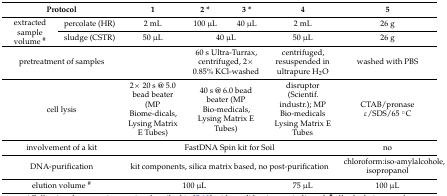
<table><thead><tr><td colspan="2"><b>Protocol</b></td><td><b>1</b></td><td><b>2 *</b></td><td><b>3 *</b></td><td><b>4</b></td><td><b>5</b></td></tr></thead><tbody><tr><td rowspan="2">extracted sample volume <sup>#</sup></td><td>percolate (HR)</td><td>2 mL</td><td>100 μL</td><td>40 μL</td><td>2 mL</td><td>26 g</td></tr><tr><td>sludge (CSTR)</td><td>50 μL</td><td colspan="2">40 μL</td><td>50 μL</td><td>26 g</td></tr><tr><td colspan="2">pretreatment of samples</td><td></td><td colspan="2">60 s Ultra-Turrax, centrifuged, 2× 0.85% KCl-washed</td><td>centrifuged, resuspended in ultrapure H<sub>2</sub>O</td><td>washed with PBS</td></tr><tr><td colspan="2">cell lysis</td><td>2× 20 s @ 5.0 bead beater (MP Biome-dicals, Lysing Matrix E Tubes)</td><td colspan="2">40 s @ 6.0 bead beater (MP Bio-medicals, Lysing Matrix E Tubes)</td><td>disruptor (Scientif. industr.); MP Bio-medicals Lysing Matrix E Tubes</td><td>CTAB/pronase ε/SDS/65 °C</td></tr><tr><td colspan="2">involvement of a kit</td><td colspan="4">FastDNA Spin kit for Soil</td><td>no</td></tr><tr><td colspan="2">DNA-purification</td><td colspan="4">kit components, silica matrix based, no post-purification</td><td>chloroform:iso-amylalcohole, isopropanol</td></tr><tr><td colspan="2">elution volume <sup>#</sup></td><td colspan="3">100 μL</td><td>75 μL</td><td>100 μL</td></tr></tbody></table>